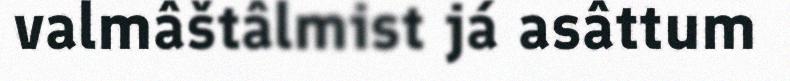
valmâštâlmist já asâttum